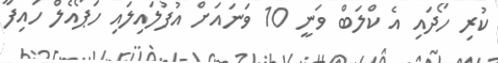
ކުރި ހޯދައި އެ ކްލަބް ވަނީ 10 ވަނައަށް އުފުލައިލައި ހަޕޯއެލް ހައިފާ